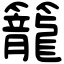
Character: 籠